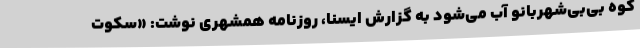
کوه بی‌بی‌شهربانو آب می‌شود به گزارش ایسنا، روزنامه همشهری نوشت: «سکوت